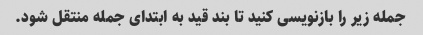
جمله زیر را بازنویسی کنید تا بند قید به ابتدای جمله منتقل شود.